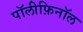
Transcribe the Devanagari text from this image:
पॉलीफ़िनॉल